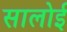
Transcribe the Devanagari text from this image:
सालोई